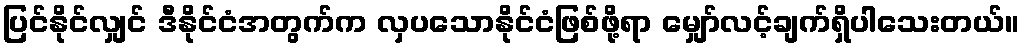
ပြင်နိုင်လျှင် ဒီနိုင်ငံအတွက်က လှပသောနိုင်ငံဖြစ်ဖို့ရာ မျှော်လင့်ချက်ရှိပါသေးတယ်။